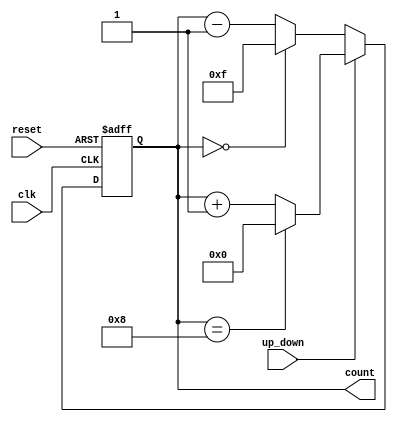
module UpDownCounter #(
    parameter n = 4 // Parameter to set the width of the counter (default is 4 bits)
) (
    input wire clk,         // Clock signal
    input wire reset,       // Asynchronous reset signal
    input wire up_down,     // Control signal for counting direction
    output reg [n-1:0] count // n-bit output for the current count value
);

    // Asynchronous reset and counting logic
    always @(posedge clk or posedge reset) begin
        if (reset) begin
            count <= 0; // Reset the counter to zero
        end else begin
            if (up_down) begin
                // Count up
                count <= (count == {1'b1, {n-1{1'b0}}}) ? 0 : count + 1;
            end else begin
                // Count down
                count <= (count == 0) ? {1'b1, {n-1{1'b1}}} : count - 1; 
            end
        end
    end

endmodule